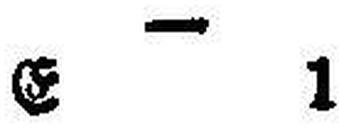
E 1